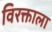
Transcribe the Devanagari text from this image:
विरक्ताला